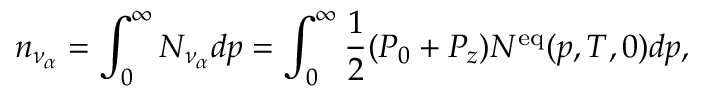
n _ { \nu _ { \alpha } } = \int _ { 0 } ^ { \infty } N _ { \nu _ { \alpha } } d p = \int _ { 0 } ^ { \infty } { \frac { 1 } { 2 } } ( P _ { 0 } + P _ { z } ) N ^ { \mathrm { e q } } ( p , T , 0 ) d p ,